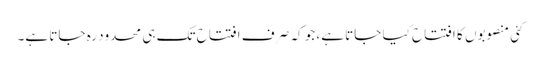
کئی منصوبوں کا افتتاح کیا جاتا ہے، جو کہ صر ف افتتاح تک ہی محدود رہ جاتا ہے۔